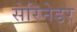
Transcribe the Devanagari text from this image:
सेरिनेडर